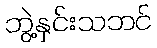
ဘွဲ့နှင်းသဘင်